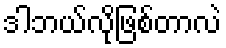
ဒါဘယ်လိုဖြစ်တာလဲ